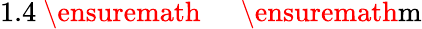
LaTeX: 1.4~\ensuremath{\mathrm{~\textrm~{~\, ~}~}}\ensuremath{\mathrm{m}}